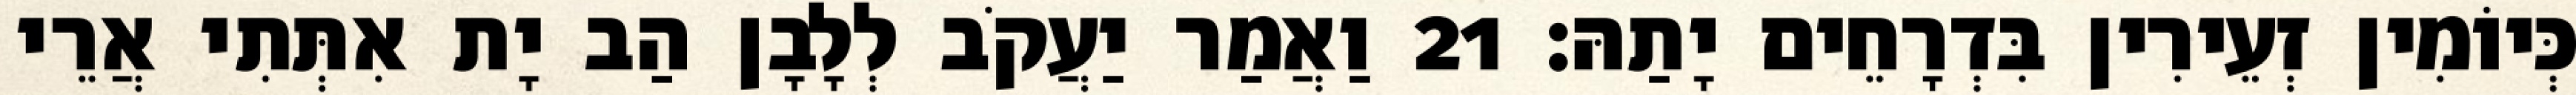
כְּיוֹמִין זְעֵירִין בִּדְרָחֵים יָתַהּ׃ 21 וַאֲמַר יַעֲקֹב לְלָבָן הַב יָת אִתְּתִי אֲרֵי